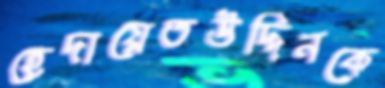
হেদায়েতউদ্দিনকে